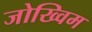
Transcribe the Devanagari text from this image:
जोख्विम